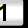
Digit: 1